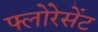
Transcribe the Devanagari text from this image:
फ्लोरेसेंट